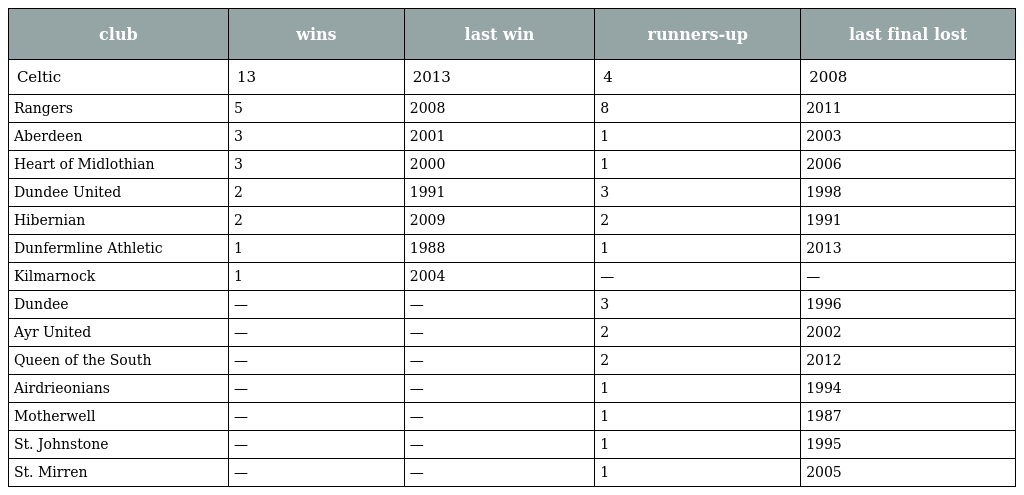
| club | wins | last win | runners-up | last final lost |
 | --- | --- | --- | --- | --- |
 | Celtic | 13 | 2013 | 4 | 2008 |
 | Rangers | 5 | 2008 | 8 | 2011 |
 | Aberdeen | 3 | 2001 | 1 | 2003 |
 | Heart of Midlothian | 3 | 2000 | 1 | 2006 |
 | Dundee United | 2 | 1991 | 3 | 1998 |
 | Hibernian | 2 | 2009 | 2 | 1991 |
 | Dunfermline Athletic | 1 | 1988 | 1 | 2013 |
 | Kilmarnock | 1 | 2004 | — | — |
 | Dundee | — | — | 3 | 1996 |
 | Ayr United | — | — | 2 | 2002 |
 | Queen of the South | — | — | 2 | 2012 |
 | Airdrieonians | — | — | 1 | 1994 |
 | Motherwell | — | — | 1 | 1987 |
 | St. Johnstone | — | — | 1 | 1995 |
 | St. Mirren | — | — | 1 | 2005 |